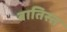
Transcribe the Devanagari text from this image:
बातिस्त